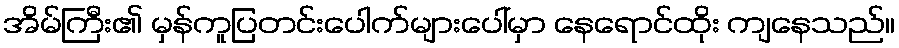
အိမ်ကြီး၏ မှန်ကူပြတင်းပေါက်များပေါ်မှာ နေရောင်ထိုး ကျနေသည်။